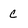
Character: C